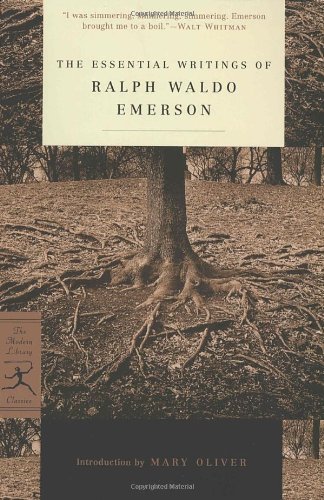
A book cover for The Essential Writings of Ralph Waldo Emerson (Modern Library Classics); Ralph Waldo Emerson; Literature & Fiction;